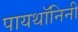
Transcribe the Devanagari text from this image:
पायथॉनिनी